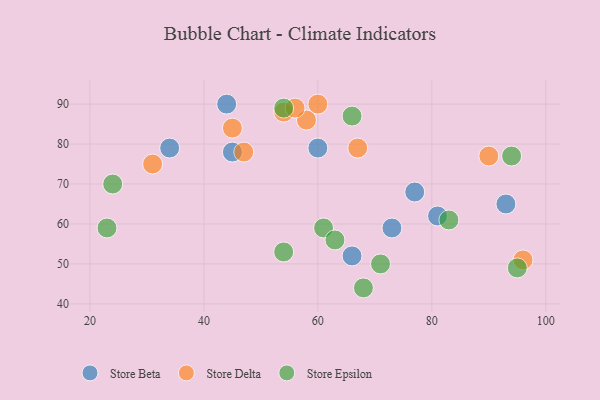
{"axis": {"x": "GDP", "y": "Life Expectancy"}, "legend": ["Store Beta", "Store Delta", "Store Epsilon"], "data": [{"x": "81", "y": 62, "type": "Store Beta"}, {"x": "77", "y": 68, "type": "Store Beta"}, {"x": "45", "y": 78, "type": "Store Beta"}, {"x": "73", "y": 59, "type": "Store Beta"}, {"x": "60", "y": 79, "type": "Store Beta"}, {"x": "34", "y": 79, "type": "Store Beta"}, {"x": "93", "y": 65, "type": "Store Beta"}, {"x": "66", "y": 52, "type": "Store Beta"}, {"x": "44", "y": 90, "type": "Store Beta"}, {"x": "67", "y": 79, "type": "Store Delta"}, {"x": "90", "y": 77, "type": "Store Delta"}, {"x": "60", "y": 90, "type": "Store Delta"}, {"x": "31", "y": 75, "type": "Store Delta"}, {"x": "54", "y": 88, "type": "Store Delta"}, {"x": "96", "y": 51, "type": "Store Delta"}, {"x": "58", "y": 86, "type": "Store Delta"}, {"x": "56", "y": 89, "type": "Store Delta"}, {"x": "45", "y": 84, "type": "Store Delta"}, {"x": "47", "y": 78, "type": "Store Delta"}, {"x": "83", "y": 61, "type": "Store Epsilon"}, {"x": "54", "y": 53, "type": "Store Epsilon"}, {"x": "68", "y": 44, "type": "Store Epsilon"}, {"x": "61", "y": 59, "type": "Store Epsilon"}, {"x": "94", "y": 77, "type": "Store Epsilon"}, {"x": "24", "y": 70, "type": "Store Epsilon"}, {"x": "71", "y": 50, "type": "Store Epsilon"}, {"x": "95", "y": 49, "type": "Store Epsilon"}, {"x": "63", "y": 56, "type": "Store Epsilon"}, {"x": "23", "y": 59, "type": "Store Epsilon"}, {"x": "54", "y": 89, "type": "Store Epsilon"}, {"x": "66", "y": 87, "type": "Store Epsilon"}]}